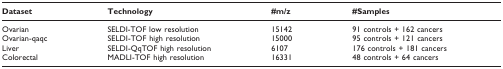
<table><thead><tr><td><b>Dataset</b></td><td><b>Technology</b></td><td><b>#m/z</b></td><td><b>#Samples</b></td></tr></thead><tbody><tr><td>Ovarian</td><td>SELDI-TOF low resolution</td><td>15142</td><td>91 controls + 162 cancers</td></tr><tr><td>Ovarian-qaqc</td><td>SELDI-TOF high resolution</td><td>15000</td><td>95 controls + 121 cancers</td></tr><tr><td>Liver</td><td>SELDI-QqTOF high resolution</td><td>6107</td><td>176 controls + 181 cancers</td></tr><tr><td>Colorectal</td><td>MADLI-TOF high resolution</td><td>16331</td><td>48 controls + 64 cancers</td></tr></tbody></table>